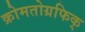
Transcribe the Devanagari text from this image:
क्रोमतोग्रफिक्